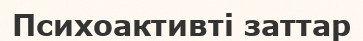
Психоактивті заттар